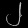
Digit: ၂